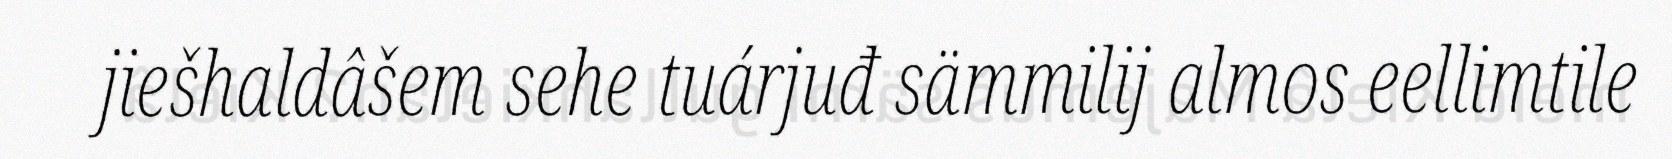
jiešhaldâšem sehe tuárjuđ sämmilij almos eellimtile